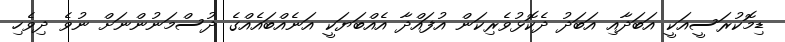
ޑިމޮކުރަސީއަކީ އަބަދާއި އަބަަދު ދެކޮޅުވެރިކަން އުފައްދާ އެއްބަޔަކީ އަނެއްބައެއްގެ ދުސްމަނުންނަށް ނުވެ ދިވެހި